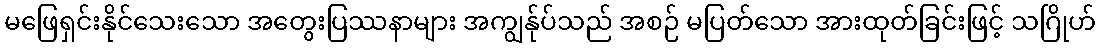
မဖြေရှင်းနိုင်သေးသော အတွေးပြဿနာများ အကျွန်ုပ်သည် အစဉ် မပြတ်သော အားထုတ်ခြင်းဖြင့် သဂြိုဟ်